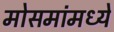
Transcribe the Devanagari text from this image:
मोसमांमध्ये